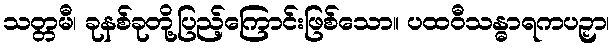
သတ္တမီ၊ ခုနစ်ခုတို့ပြည့်ကြောင်းဖြစ်သော။ ပထဝီသန္ဓာရကပဉှာ၊